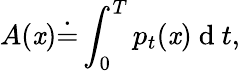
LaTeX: A(\mathit{x})\dot{{=}}\int_{0}^{T}p_{t}(\mathit{x})\mathrm{{~d~}}t,